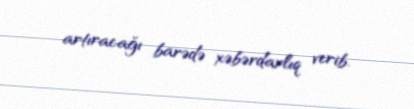
artıracağı barədə xəbərdarlıq verib.